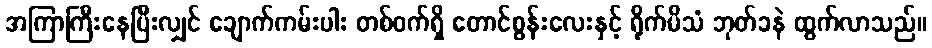
အကြာကြီးနေပြီးလျှင် ချောက်ကမ်းပါး တစ်ဝက်ရှိ တောင်စွန်းလေးနှင့် ရိုက်မိသံ ဘုတ်ခနဲ ထွက်လာသည်။